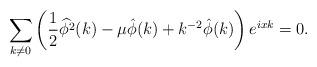
LaTeX: \begin{align*}\sum_{k\neq 0} \left( \frac{1}{2}\widehat{\phi^{2}}(k)-\mu\hat \phi(k)+k^{-2}\hat\phi (k)\right)e^{ixk}=0.\end{align*}